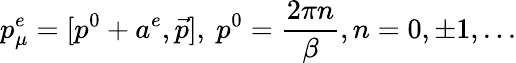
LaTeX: p_{\mu}^{e}=[p^{0}+a^{e},\vec{p}],\ p^{0}=\frac{2\pi n}{\beta},n=0,\pm 1,...